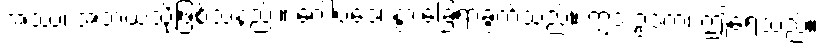
အဿ၊ အဘယ်သို့ဖြစ်သနည်း။ ဂေါပဒေ၊ နွားခြေရာခွက်သည်။ ဣဒံ ဥဒကံ၊ ဤရေသည်။